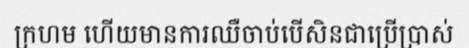
ក្រហម ហើយមានការឈឺចាប់បើសិនជាប្រើប្រាស់